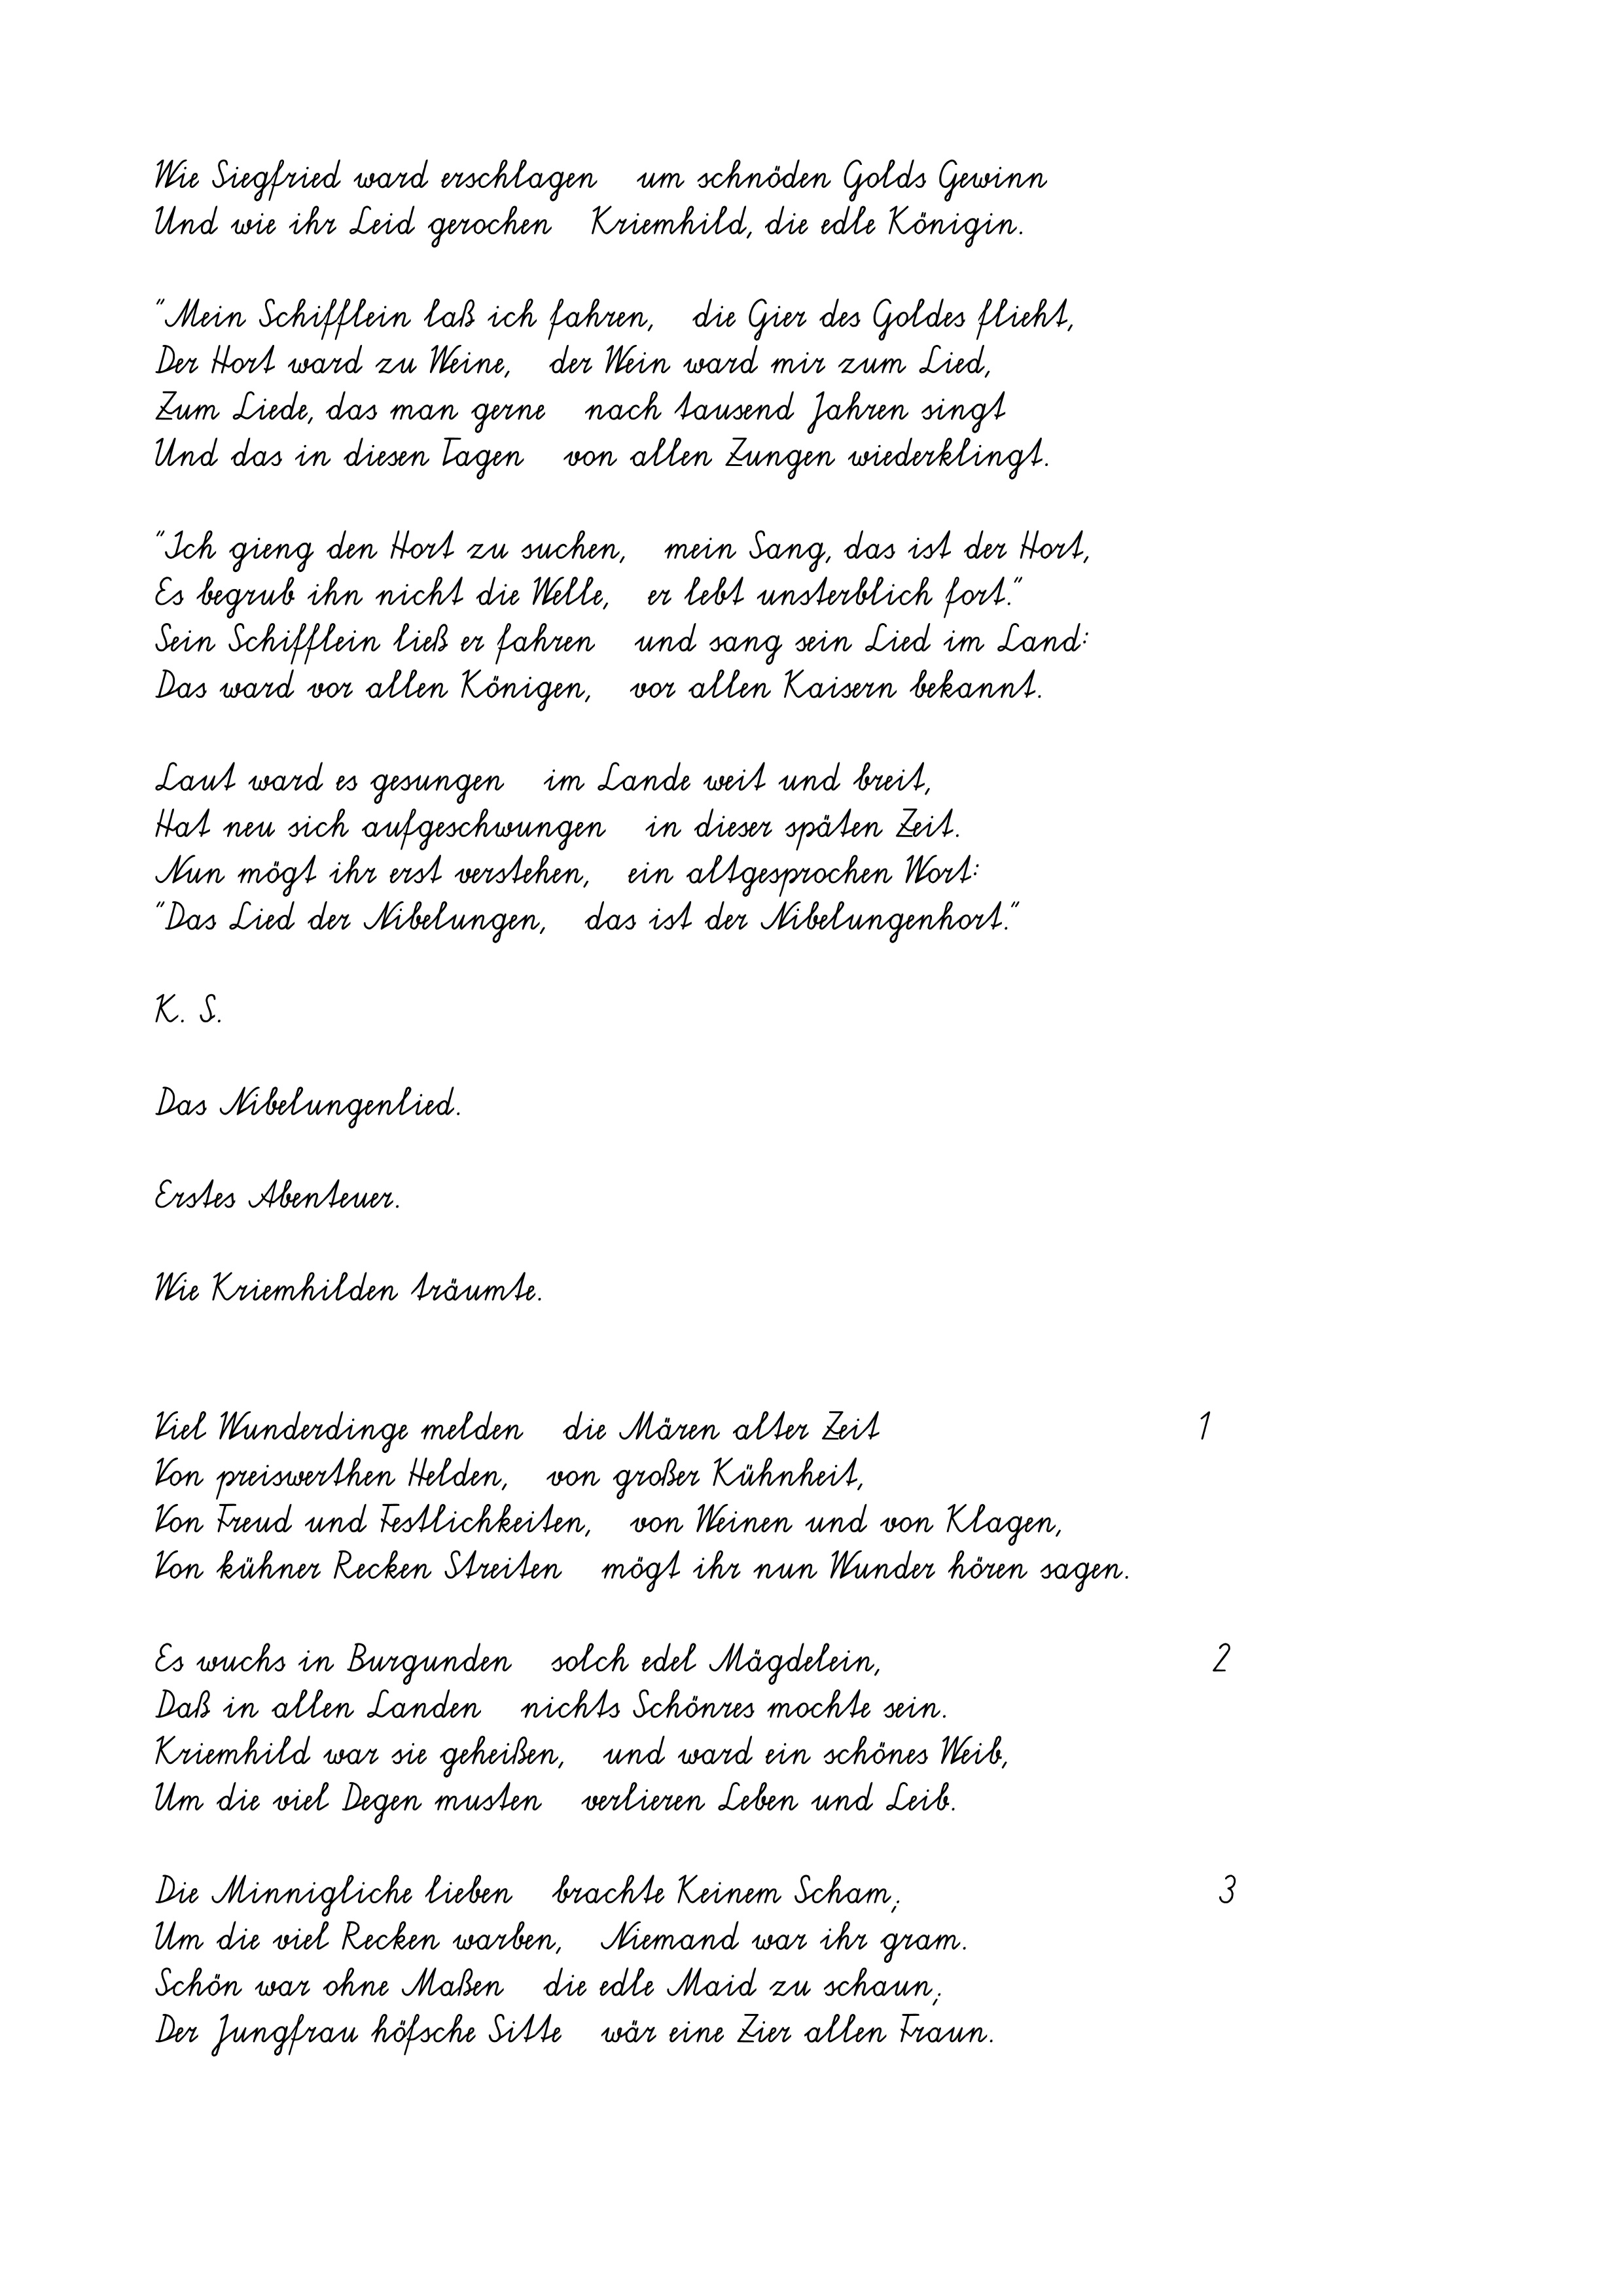
Wie Siegfried ward erschlagen   um schnöden Golds Gewinn
Und wie ihr Leid gerochen   Kriemhild, die edle Königin.
"Mein Schifflein laß ich fahren,   die Gier des Goldes flieht,
Der Hort ward zu Weine,   der Wein ward mir zum Lied,
Zum Liede, das man gerne   nach tausend Jahren singt
Und das in diesen Tagen   von allen Zungen wiederklingt.
"Ich gieng den Hort zu suchen,   mein Sang, das ist der Hort,
Es begrub ihn nicht die Welle,   er lebt unsterblich fort."
Sein Schifflein ließ er fahren   und sang sein Lied im Land:
Das ward vor allen Königen,   vor allen Kaisern bekannt.
Laut ward es gesungen   im Lande weit und breit,
Hat neu sich aufgeschwungen   in dieser späten Zeit.
Nun mögt ihr erst verstehen,   ein altgesprochen Wort:
"Das Lied der Nibelungen,   das ist der Nibelungenhort."
K. S.
Das Nibelungenlied.
Erstes Abenteuer.
Wie Kriemhilden träumte.
Viel Wunderdinge melden   die Mären alter Zeit
Von preiswerthen Helden,   von großer Kühnheit,
Von Freud und Festlichkeiten,   von Weinen und von Klagen,
Von kühner Recken Streiten   mögt ihr nun Wunder hören sagen.
Es wuchs in Burgunden   solch edel Mägdelein,
Daß in allen Landen   nichts Schönres mochte sein.
Kriemhild war sie geheißen,   und ward ein schönes Weib,
Um die viel Degen musten   verlieren Leben und Leib.
Die Minnigliche lieben   brachte Keinem Scham;
Um die viel Recken warben,   Niemand war ihr gram.
Schön war ohne Maßen   die edle Maid zu schaun;
Der Jungfrau höfsche Sitte   wär eine Zier allen Fraun.

1
2
3